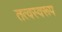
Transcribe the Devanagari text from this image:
तत्वस्वरूप